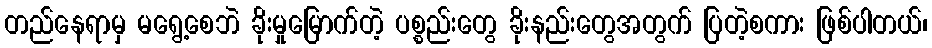
တည်နေရာမှ မရွေ့စေဘဲ ခိုးမှုမြောက်တဲ့ ပစ္စည်းတွေ ခိုးနည်းတွေအတွက် ပြတဲ့စကား ဖြစ်ပါတယ်၊